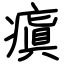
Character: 瘨